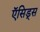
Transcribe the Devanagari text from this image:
ऍसिड्स